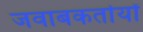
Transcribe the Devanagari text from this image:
जवाबकर्तायों